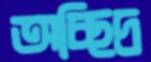
অচ্ছিদ্র